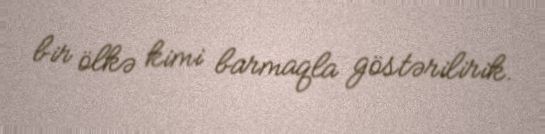
bir ölkə kimi barmaqla göstərilirik.